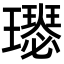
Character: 𤪴